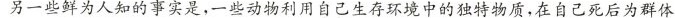
另一些鲜为人知的事实是，一些动物利用自己生存环境中的独特物质，在自己死后为群体